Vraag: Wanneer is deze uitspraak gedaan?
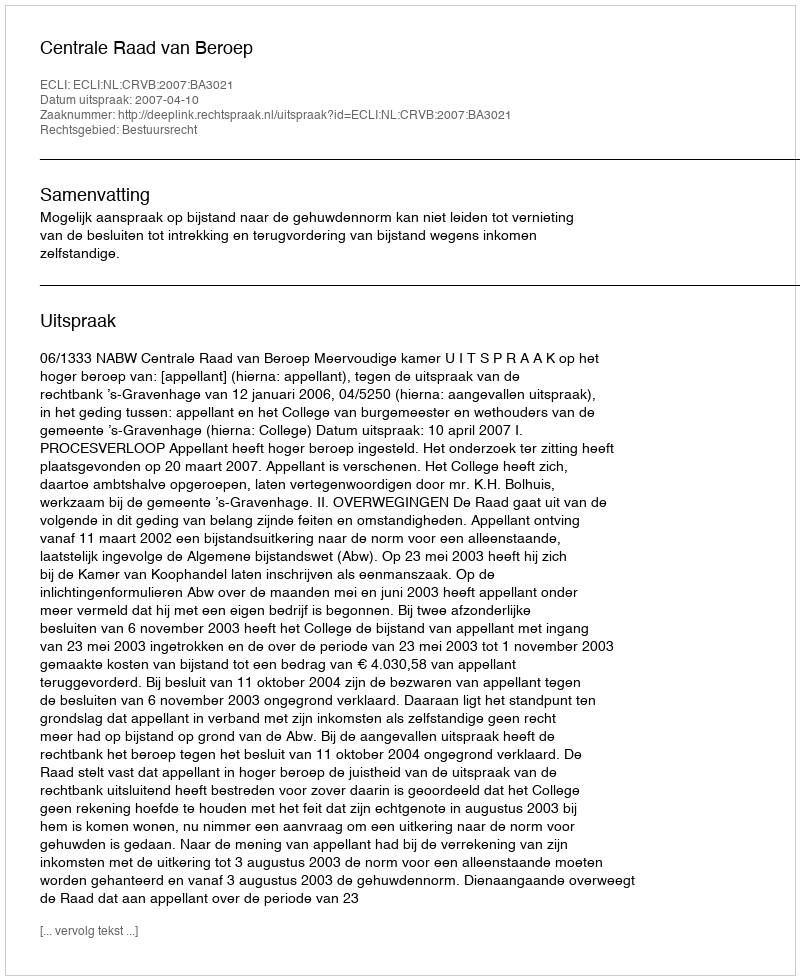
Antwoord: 2007-04-10